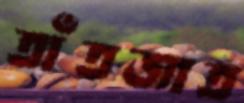
তাঁতজাত